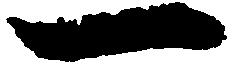
一